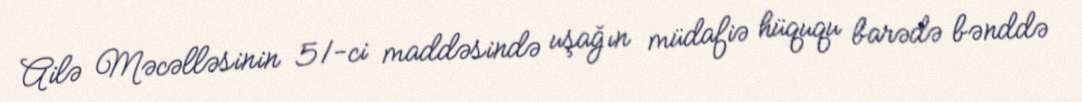
Ailə Məcəlləsinin 51-ci maddəsində uşağın müdafiə hüququ barədə bənddə